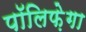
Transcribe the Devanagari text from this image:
पॉलिफ़ेगा